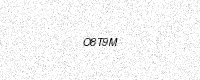
Text: O8T9M